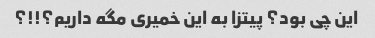
این چی بود؟ پیتزا به این خمیری مگه داریم؟!!؟